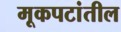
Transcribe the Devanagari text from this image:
मूकपटांतील